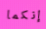
إنكما